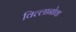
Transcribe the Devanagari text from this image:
विल्लानोवा